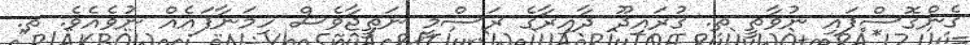
ގެންގޮސްފައި ނުވާތީ ތ. ގުރައިދޫ ދާއިރާގެ ރަސްމީ ނަތީޖާވެސް ހިމަނާފައެއް ނުވެއެވެ. ތ.